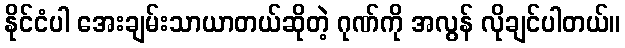
နိုင်ငံပါ အေးချမ်းသာယာတယ်ဆိုတဲ့ ဂုဏ်ကို အလွန် လိုချင်ပါတယ်။